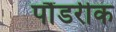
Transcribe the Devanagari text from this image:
पौंडरीक